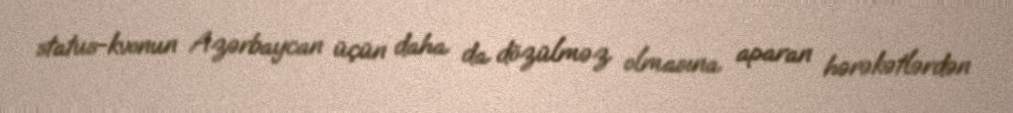
status-kvonun Azərbaycan üçün daha da dözülməz olmasına aparan hərəkətlərdən